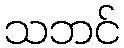
သဘင်